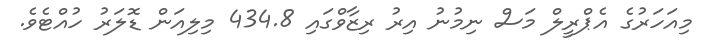
މިއަހަރުގެ އެޕްރީލް މަސް ނިމުނު އިރު ރިޒާވްގައި 434.8 މިލިއަން ޑޮލަރު ހުއްޓެވެ.